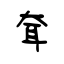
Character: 耷